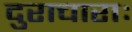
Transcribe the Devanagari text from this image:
दुराचाराः